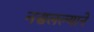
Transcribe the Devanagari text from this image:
नसलल्याने